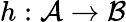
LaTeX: h:{\mathcal{A}}\rightarrow{\mathcal{B}}